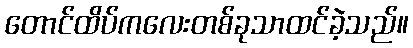
တောင်ထိပ်ကလေးတစ်ခုသာထင်ခဲ့သည်။